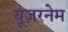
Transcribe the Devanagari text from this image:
यूज़रनेम